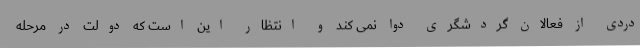
دردی از فعالان گردشگری دوا نمی کند و انتظار این است که دولت در مرحله